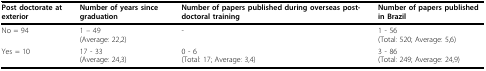
| Post doctorate at exterior | Number of years since graduation | Number of papers published during overseas post-doctoral training | Number of papers published in Brazil |
 | --- | --- | --- | --- |
 | No = 94 | 1 – 49(Average: 22,2) | - | 1 - 56(Total: 520; Average: 5,6) |
 | Yes = 10 | 17 - 33(Average: 24,3) | 0 - 6(Total: 17; Average: 3,4) | 3 - 86(Total: 249; Average: 24,9) |